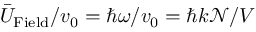
\bar { U } _ { \mathrm { F i e l d } } / v _ { 0 } = \hbar \omega / v _ { 0 } = \hbar k { \mathcal N } / V